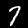
Digit: 7